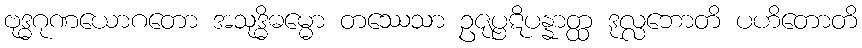
ဗုဒ္ဓဂုဏယောဂတော အသုဒ္ဓိဓမ္မော တဿေသာ ဥဇုပ္ပဋိပန္နာတ္ထ ဒုလ္လဘောတိ ပဟိတောတိ